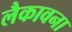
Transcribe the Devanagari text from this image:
लैकावना